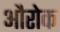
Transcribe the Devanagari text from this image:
औरोक